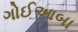
ગોઈઆબા